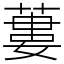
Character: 蔞